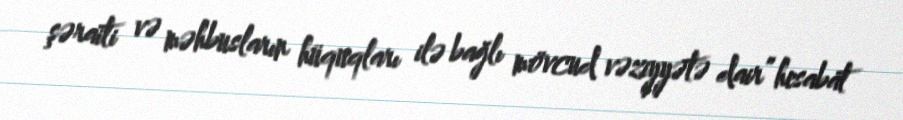
şəraiti və məhbusların hüquqları ilə bağlı mövcud vəziyyətə dair” hesabat